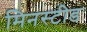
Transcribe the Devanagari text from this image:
मिनस्टीड